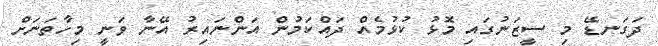
ދަގަނޑޭ މި ސީޒަނުގައި މޮޅު ކުޅުމެއް ދައްކަމުން އަންނައިރު އޭނާ ވަނީ މިހާތަނަށް